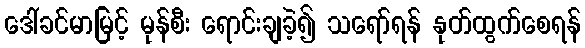
ဒေါ်ခင်မာမြင့် မုန်စီး ရောင်းချခဲ့၍ သရော်ရန် နုတ်ထွက်စေရန်